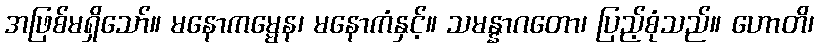
အဖြစ်မရှိသော်။ မနောကမ္မေန၊ မနောကံနှင့်။ သမန္နာဂတော၊ ပြည့်စုံသည်။ ဟောတိ၊